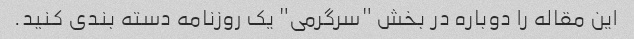
این مقاله را دوباره در بخش "سرگرمی" یک روزنامه دسته بندی کنید.